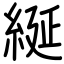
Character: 綖